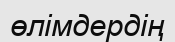
өлімдердің